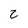
Character: 2